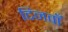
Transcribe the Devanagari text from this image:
दिनवाँ